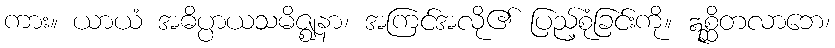
ကား။ ယာယံ အဓိပ္ပာယသမိဇ္ဈနာ၊ အကြင်အလို၏ ပြည့်စုံခြင်းကို။ ဣစ္ဆိတလာဘေ၊